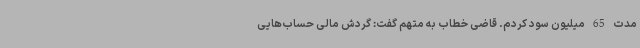
مدت 65 میلیون سود کردم. قاضی خطاب به متهم گفت: گردش مالی حساب‌هایی